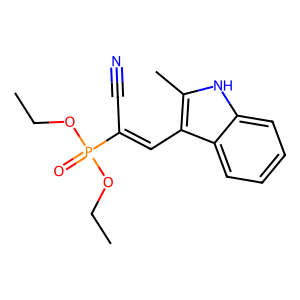
SMILES: CCOP(=O)(OCC)C(C#N)=Cc1c(C)[nH]c2ccccc12
Inhibits HIV replication: No